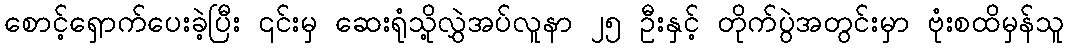
စောင့်ရှောက်ပေးခဲ့ပြီး ၎င်းမှ ဆေးရုံသို့လွှဲအပ်လူနာ ၂၅ ဦးနှင့် တိုက်ပွဲအတွင်းမှာ ဗုံးစထိမှန်သူ